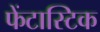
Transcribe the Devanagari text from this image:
फेंटास्टिक